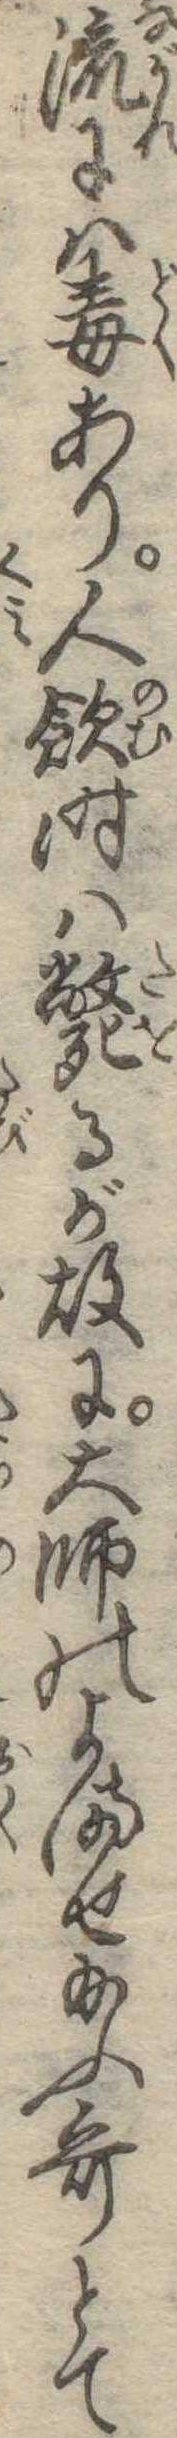
流には毒あり人飲時は斃るが故に大師のよませ給ふ歌とて